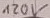
Text: 420V